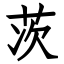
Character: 茨